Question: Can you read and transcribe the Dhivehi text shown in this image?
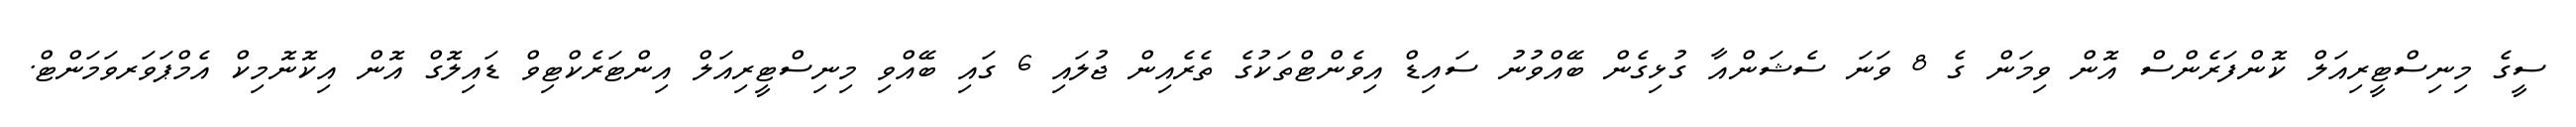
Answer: ސީގެ މިނިސްޓީރިއަލް ކޮންފަރެންސް އޮން ވިމަން ގެ 8 ވަނަ ސެޝަންއާ ގުޅިގެން ބޭއްވުނު ސައިޑް އިވެންޓްތަކުގެ ތެރެއިން ޖުލައި 6 ގައި ބޭއްވި މިނިސްޓީރިއަލް އިންޓަރެކްޓިވް ޑައިލޮގް އޮން އިކޮނޮމިކް އެމްޕަވަރވަމަންޓް.